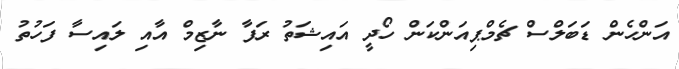
އަންހެން ޑަބަލްސް ޗެމްޕިއަންކަން ހޯދީ އައިޝަތު ރަފާ ނާޒިމް އާއި ލައިސާ ފަހުތު